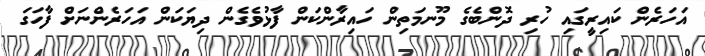
އަހަރެން ކައިރީގައި ހުރި ދޮންބެގެ މޫނމަތިން ހައިރާންކަން ފާޅުވެގެން ދިޔަކަން އަހަރެންނަށް ފާހަގަ